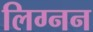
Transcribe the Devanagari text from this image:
लिग्नन